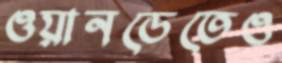
ওয়ানডেতেও